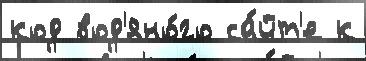
код вод'яно́го са́йт'е к